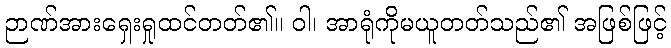
ဉာဏ်အားရှေးရှုထင်တတ်၏။ ဝါ၊ အာရုံကိုမယူတတ်သည်၏ အဖြစ်ဖြင့်